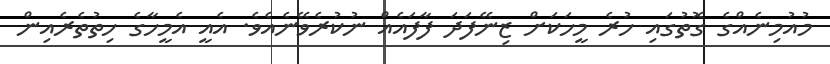
މުއުމިނެއްގެ ގޮތުގައި ހުރެ މީހަކަށް ޒިނޭފަދަ ފާފައެއް ނުކުރެވޭނެއެވެ. އެއީ އެމީހާގެ ހިތުތެރެއިން